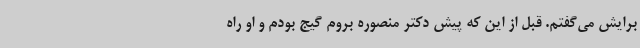
برایش می‌گفتم. قبل از این که پیش دکتر منصوره بروم گیج بودم و او راه